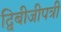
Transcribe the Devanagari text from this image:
द्विबीजीपत्री